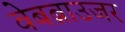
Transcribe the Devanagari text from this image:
वेबब्राउजर